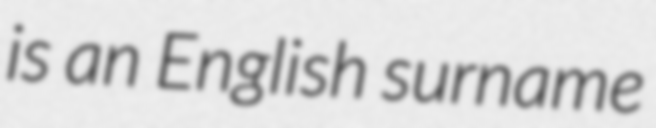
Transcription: is an English surname